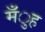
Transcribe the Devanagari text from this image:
मँुह